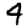
Digit: 4